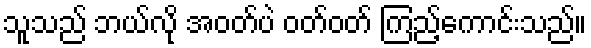
သူသည် ဘယ်လို အဝတ်ပဲ ဝတ်ဝတ် ကြည့်ကောင်းသည်။